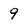
Character: 9